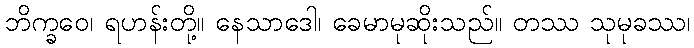
ဘိက္ခဝေ၊ ရဟန်းတို့။ နေသာဒေါ၊ ခေမာမုဆိုးသည်။ တဿ သုမုခဿ၊